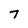
Character: 7